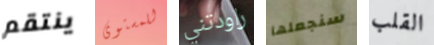
ينتقم للمستوى راودتني سنجعلها القلب